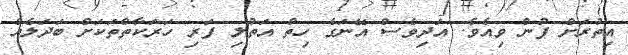
އިތުރަށް ފުން ވިއެވެ. އަދިވެސް އޭނަގެ ހިތް އަތުލި ފަރި ހަރަކާތްތަކަށް ބަދަލެއް